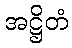
အဋ္ဌိတံ